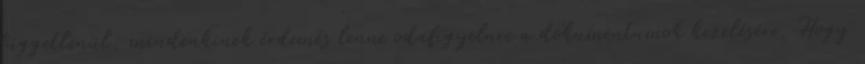
függetlenül, mindenkinek érdemes lenne odafigyelnie a dokumentumok kezelésére. Hogy